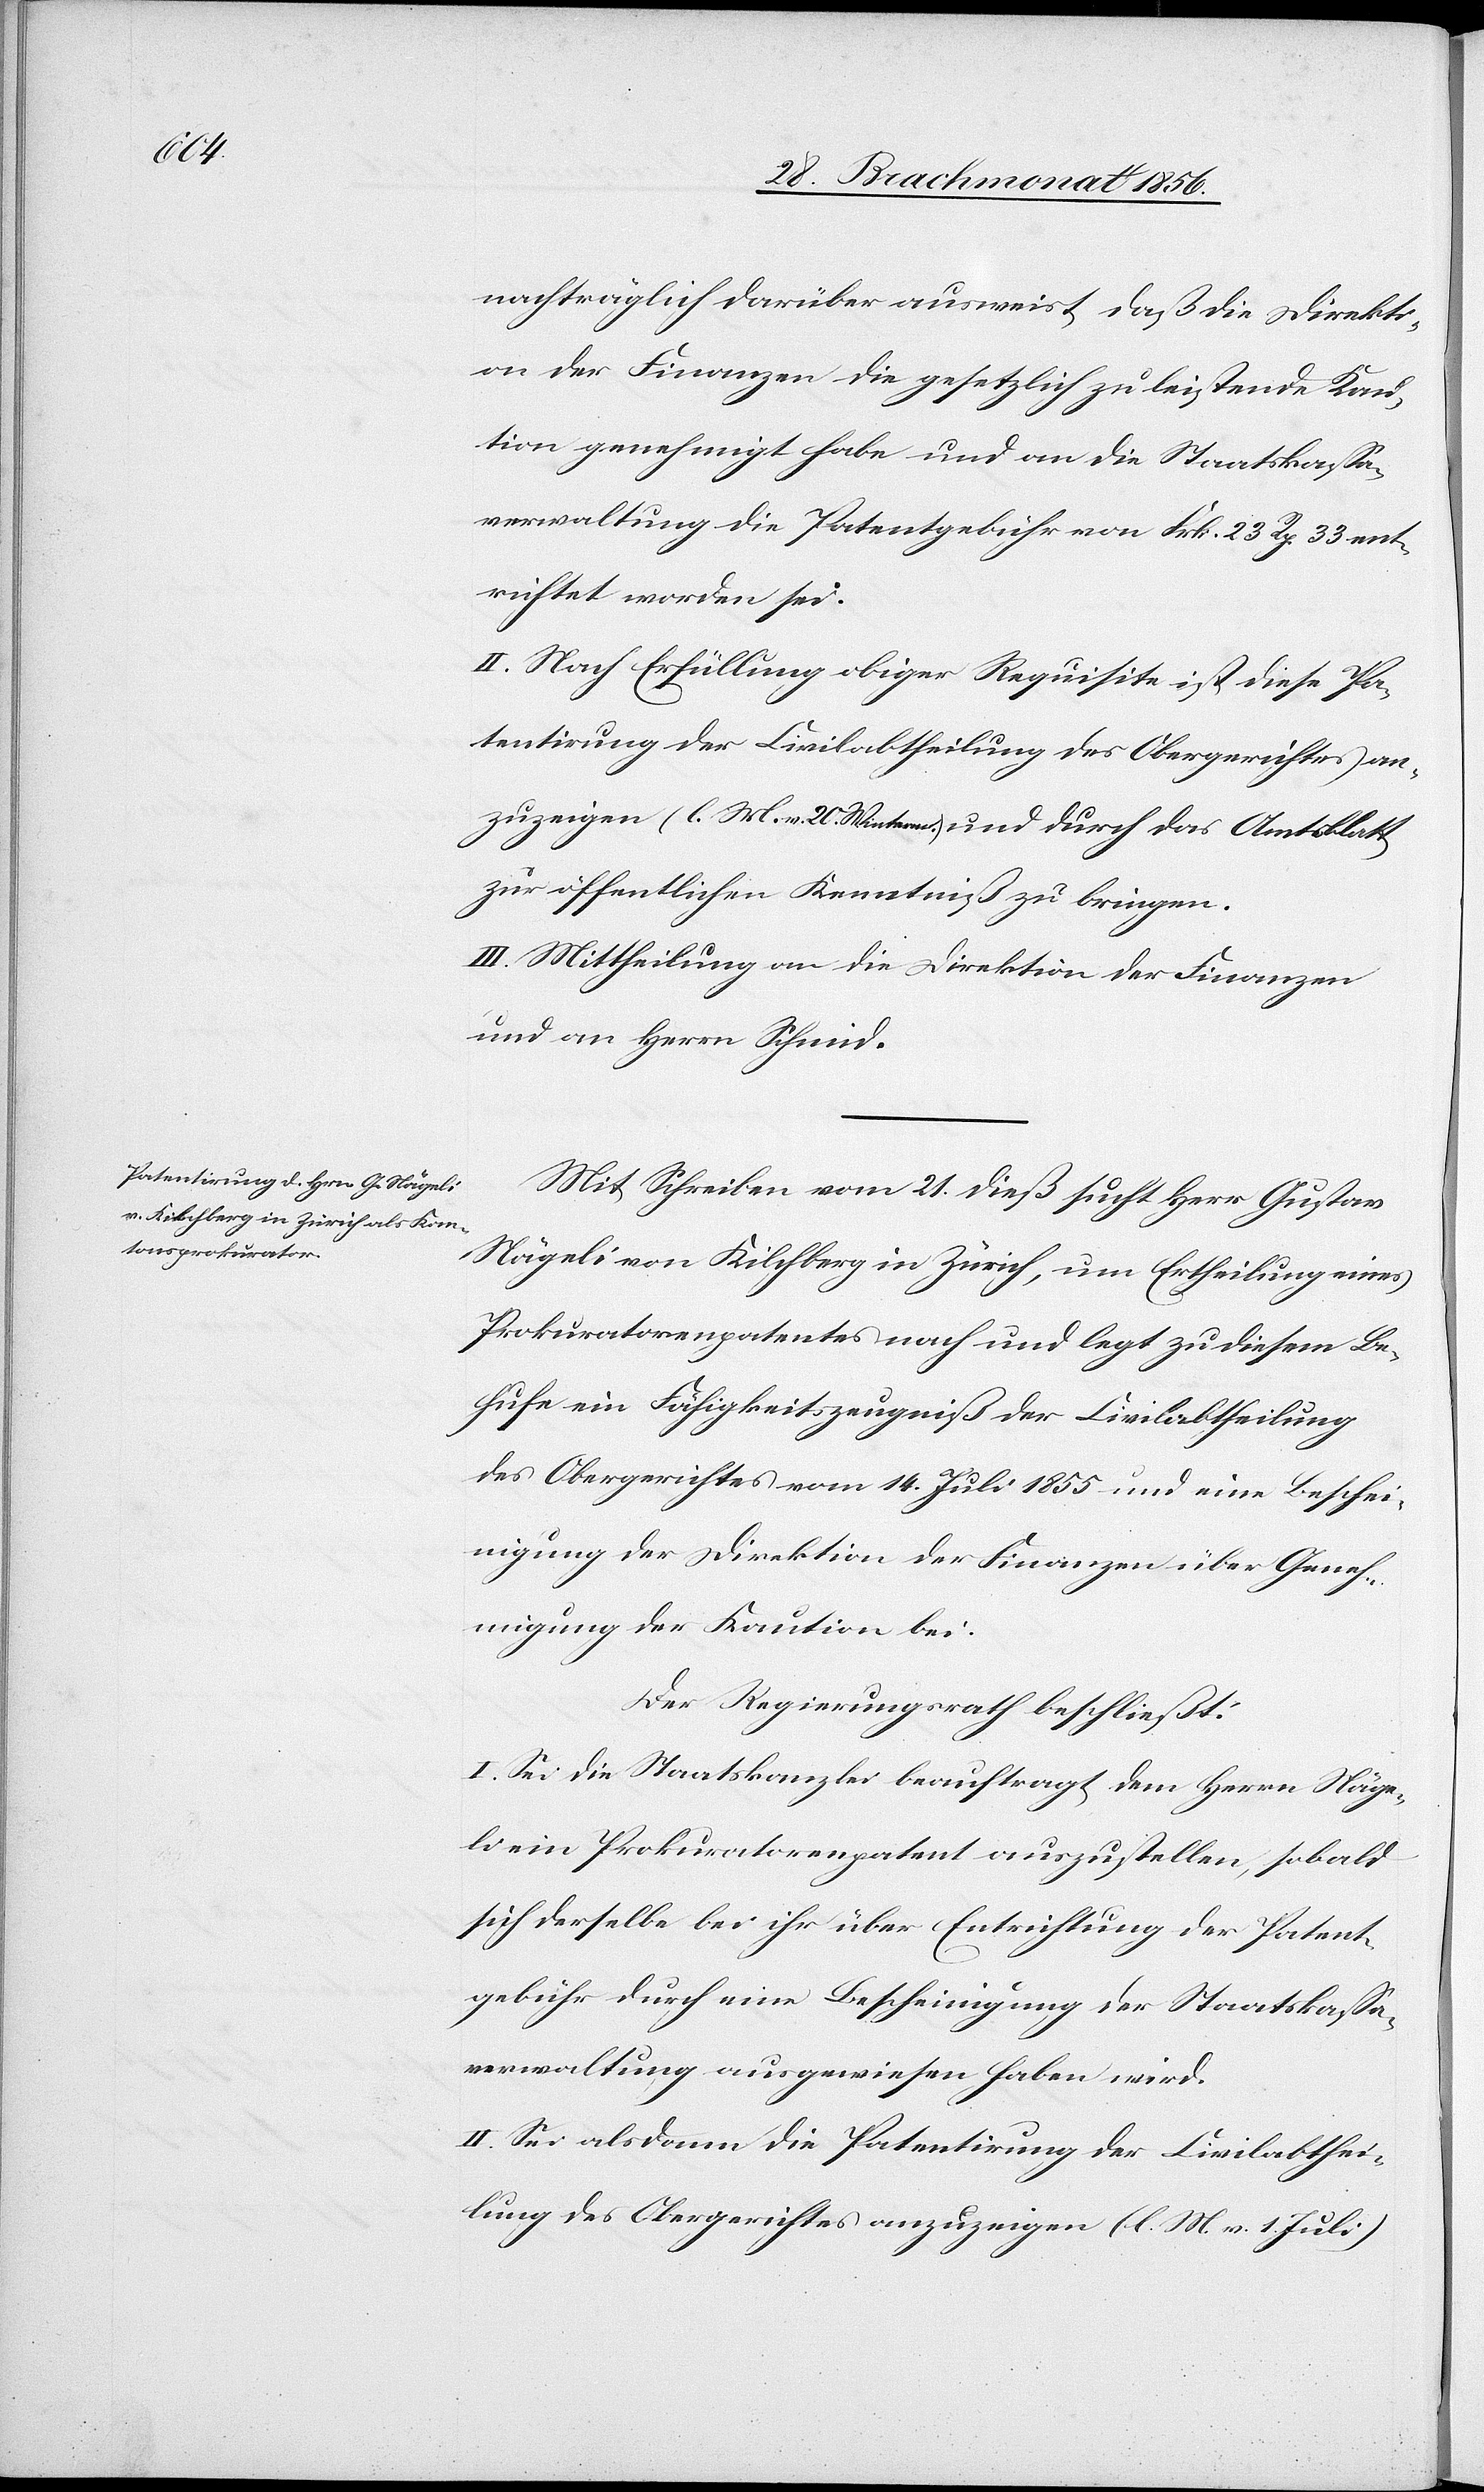
nachträglich darüber ausweist, daß die Direkti¬
on der Finanzen die gesetzlich zu leistende Kau¬
tion genehmigt habe und an die Staatskassa¬
verwaltung die Patentgebühr von Frk. 23 Rp. 33 ent¬
richtet worden sei.
II. Nach Erfüllung obiger Requisite ist diese Pa¬
tentirung der Civilabtheilung des Obergerichtes an¬
zuzeigen (l. M. v. 20. Winterm.) und durch das Amtsblatt
zur öffentlichen Kenntniß zu bringen.
III. Mittheilung an die Direktion der Finanzen
und an Herrn Schmid.
Mit Schreiben vom 21. dieß sucht Herr Gustav
Nägeli von Kilchberg in Zürich, um Ertheilung eines
Prokuratorenpatentes nach und legt zu diesem Be¬
hufe ein Fähigkeitszeugniß der Civilabtheilung
des Obergerichtes vom 14. Juli 1855 und eine Beschei¬
nigung der Direktion der Finanzen über Geneh¬
migung der Kaution bei.
Der Regierungsrath beschließt:
I. Sei die Staatskanzlei beauftragt dem Herrn Näge¬
li ein Prokuratorenpatent auszustellen, sobald
sich derselbe bei ihr über Entrichtung der Patent¬
gebühr durch eine Bescheinigung der Staatskassa¬
verwaltung ausgewiesen haben wird.
II. Sei alsdann die Patentirung der Civilabthei¬
lung des Obergerichtes anzuzeigen (l. M. v. 1. Juli)